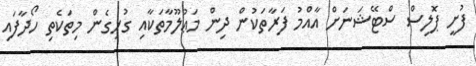
ފުށީ ޕޮލިސް ސްޓޭޝަނަށް އާއްމު ފަރާތަކުން ދިން މަޢުލޫމާތަކާއި ގުޅިގެން މިތަކެތި ހޯދާފައި